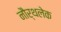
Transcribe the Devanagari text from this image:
नौर्थलेक